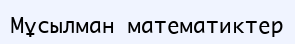
Мұсылман математиктер